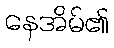
နေအိမ်၏